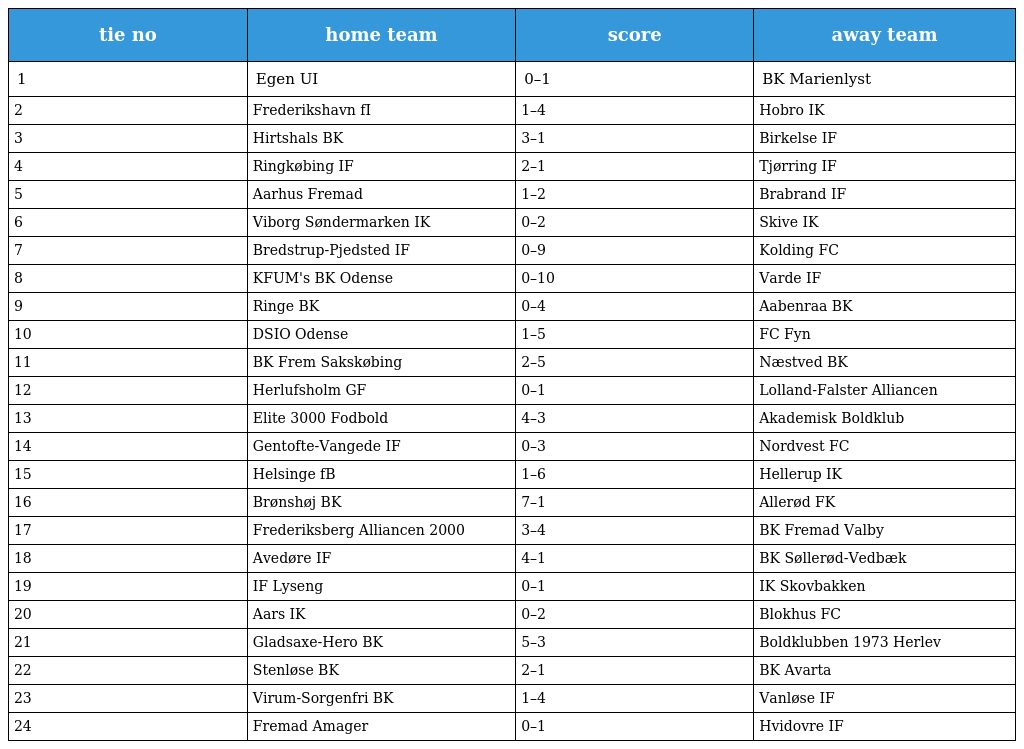
| tie no | home team | score | away team |
 | --- | --- | --- | --- |
 | 1 | Egen UI | 0–1 | BK Marienlyst |
 | 2 | Frederikshavn fI | 1–4 | Hobro IK |
 | 3 | Hirtshals BK | 3–1 | Birkelse IF |
 | 4 | Ringkøbing IF | 2–1 | Tjørring IF |
 | 5 | Aarhus Fremad | 1–2 | Brabrand IF |
 | 6 | Viborg Søndermarken IK | 0–2 | Skive IK |
 | 7 | Bredstrup-Pjedsted IF | 0–9 | Kolding FC |
 | 8 | KFUM's BK Odense | 0–10 | Varde IF |
 | 9 | Ringe BK | 0–4 | Aabenraa BK |
 | 10 | DSIO Odense | 1–5 | FC Fyn |
 | 11 | BK Frem Sakskøbing | 2–5 | Næstved BK |
 | 12 | Herlufsholm GF | 0–1 | Lolland-Falster Alliancen |
 | 13 | Elite 3000 Fodbold | 4–3 | Akademisk Boldklub |
 | 14 | Gentofte-Vangede IF | 0–3 | Nordvest FC |
 | 15 | Helsinge fB | 1–6 | Hellerup IK |
 | 16 | Brønshøj BK | 7–1 | Allerød FK |
 | 17 | Frederiksberg Alliancen 2000 | 3–4 | BK Fremad Valby |
 | 18 | Avedøre IF | 4–1 | BK Søllerød-Vedbæk |
 | 19 | IF Lyseng | 0–1 | IK Skovbakken |
 | 20 | Aars IK | 0–2 | Blokhus FC |
 | 21 | Gladsaxe-Hero BK | 5–3 | Boldklubben 1973 Herlev |
 | 22 | Stenløse BK | 2–1 | BK Avarta |
 | 23 | Virum-Sorgenfri BK | 1–4 | Vanløse IF |
 | 24 | Fremad Amager | 0–1 | Hvidovre IF |